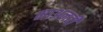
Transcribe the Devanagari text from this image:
माअनवी